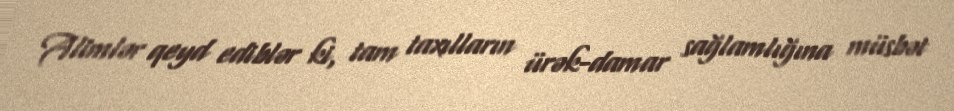
Alimlər qeyd ediblər ki, tam taxılların ürək-damar sağlamlığına müsbət